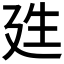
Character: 𭚕